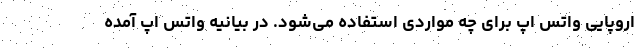
اروپایی واتس اپ برای چه مواردی استفاده می‌شود. در بیانیه واتس اپ آمده